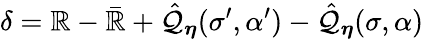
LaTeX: \delta=\mathbb{R}-\bar{{\mathbb{R}}}+\hat{{\mathcal{{Q}}}}_{\boldsymbol{\eta}}(\sigma^{\prime},\alpha^{\prime})-\hat{{\mathcal{{Q}}}}_{\boldsymbol{\eta}}(\sigma,\alpha)